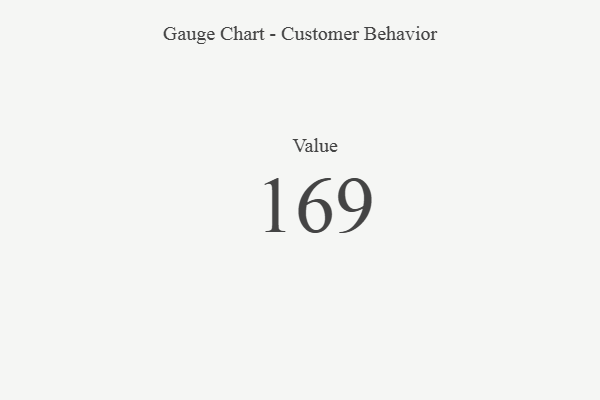
{"axis": {"x": "Metric", "y": "Value"}, "legend": [""], "data": [{"x": "Value", "y": 169, "type": ""}]}